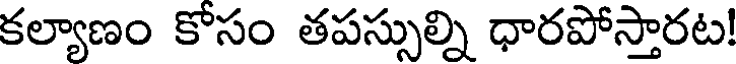
కల్యాణం కోసం తపస్సుల్ని ధారపోస్తారట!